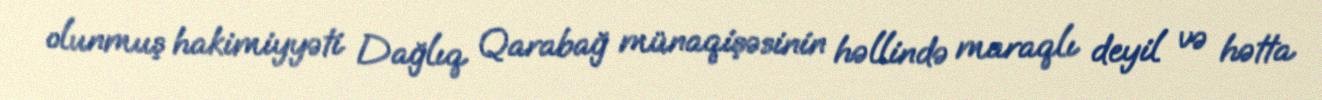
olunmuş hakimiyyəti Dağlıq Qarabağ münaqişəsinin həllində maraqlı deyil və hətta